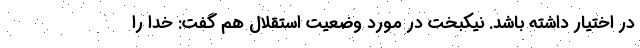
در اختیار داشته باشد. نیکبخت در مورد وضعیت استقلال هم گفت: خدا را